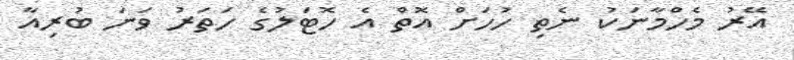
އޭރު މެހްމާނަކު ނެތި ހުހަށް އޮތް އެ ހޮޓަލުގެ ހަތަރު ވަނަ ބުރިއާ